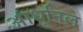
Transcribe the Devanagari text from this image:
आधूनिल